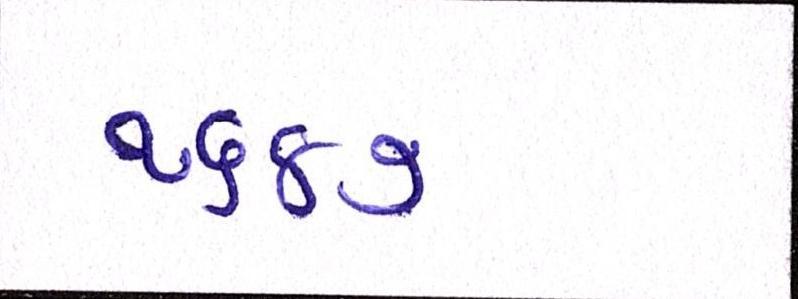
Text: ૧૬૪૭